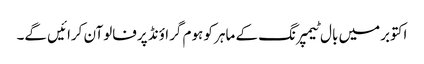
اکتوبرمیں بال ٹیمپرنگ کے ماہر کو ہوم گراؤنڈ پرفالوآن کرائیں گے۔